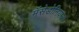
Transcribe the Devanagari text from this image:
मॅसेडोनियाला